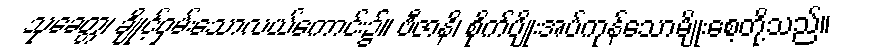
သုခေတ္တ၊ ချိုင့်ဝှမ်းသောလယ်ကောင်း၌။ ဗီဇာနိ၊ စိုက်ပျိုးအပ်ကုန်သောမျိုးစေ့တို့သည်။